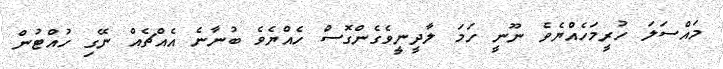
މައްސަލަ ހުރީމަހެއްޔެވެ ނޫނީ ހަމަ ލާދީނީވެގެންގޮސް ހެއްޔެވެ ބުނާނެ އެއްޗެއް ނޭގި ހުއްޓުން